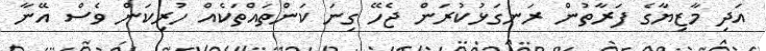
އަދި މާޒިޔާގެ ފަރާތުން ރަނގަޅުކުރަން ޖެހޭ ގިނަ ކަންތައްތަކެއް ހުރިކަން ވެސް އޭނާ